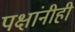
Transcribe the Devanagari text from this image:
पक्षांनीही